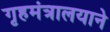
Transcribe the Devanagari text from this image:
गृहमंत्रालयाने